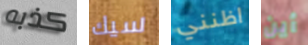
كذبه سيك اظنني أين